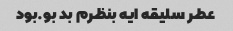
عطر سلیقه ایه بنظرم بد بو.بود